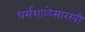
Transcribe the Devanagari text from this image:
धर्मशाळेसारखी